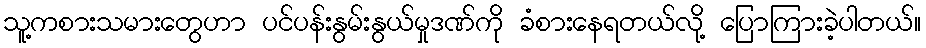
သူ့ကစားသမားတွေဟာ ပင်ပန်းနွမ်းနွယ်မှုဒဏ်ကို ခံစားနေရတယ်လို့ ပြောကြားခဲ့ပါတယ်။